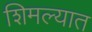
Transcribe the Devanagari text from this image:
शिमल्यात